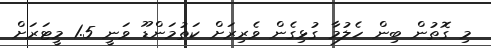
މި ގޮތުން ބިން ހެލުމާ ގުޅިގެން ވެރިރަށް ކަތުމަންޑޫ ވަނީ 1.5 މީޓަރަށް